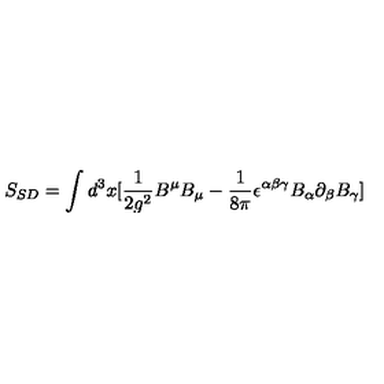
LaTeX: S _ { S D } = \int d ^ { 3 } x [ \frac { 1 } { 2 g ^ { 2 } } B ^ { \mu } B _ { \mu } - \frac { 1 } { 8 \pi } \epsilon ^ { \alpha \beta \gamma } B _ { \alpha } \partial _ { \beta } B _ { \gamma } ]